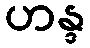
ဟန္ဒ